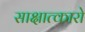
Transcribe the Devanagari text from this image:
साक्षात्कारो